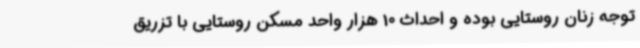
توجه زنان روستایی بوده و احداث 10 هزار واحد مسکن روستایی با تزریق